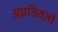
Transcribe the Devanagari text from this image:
अप्रतिवर्ती